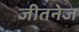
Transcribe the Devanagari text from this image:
जीतनेज